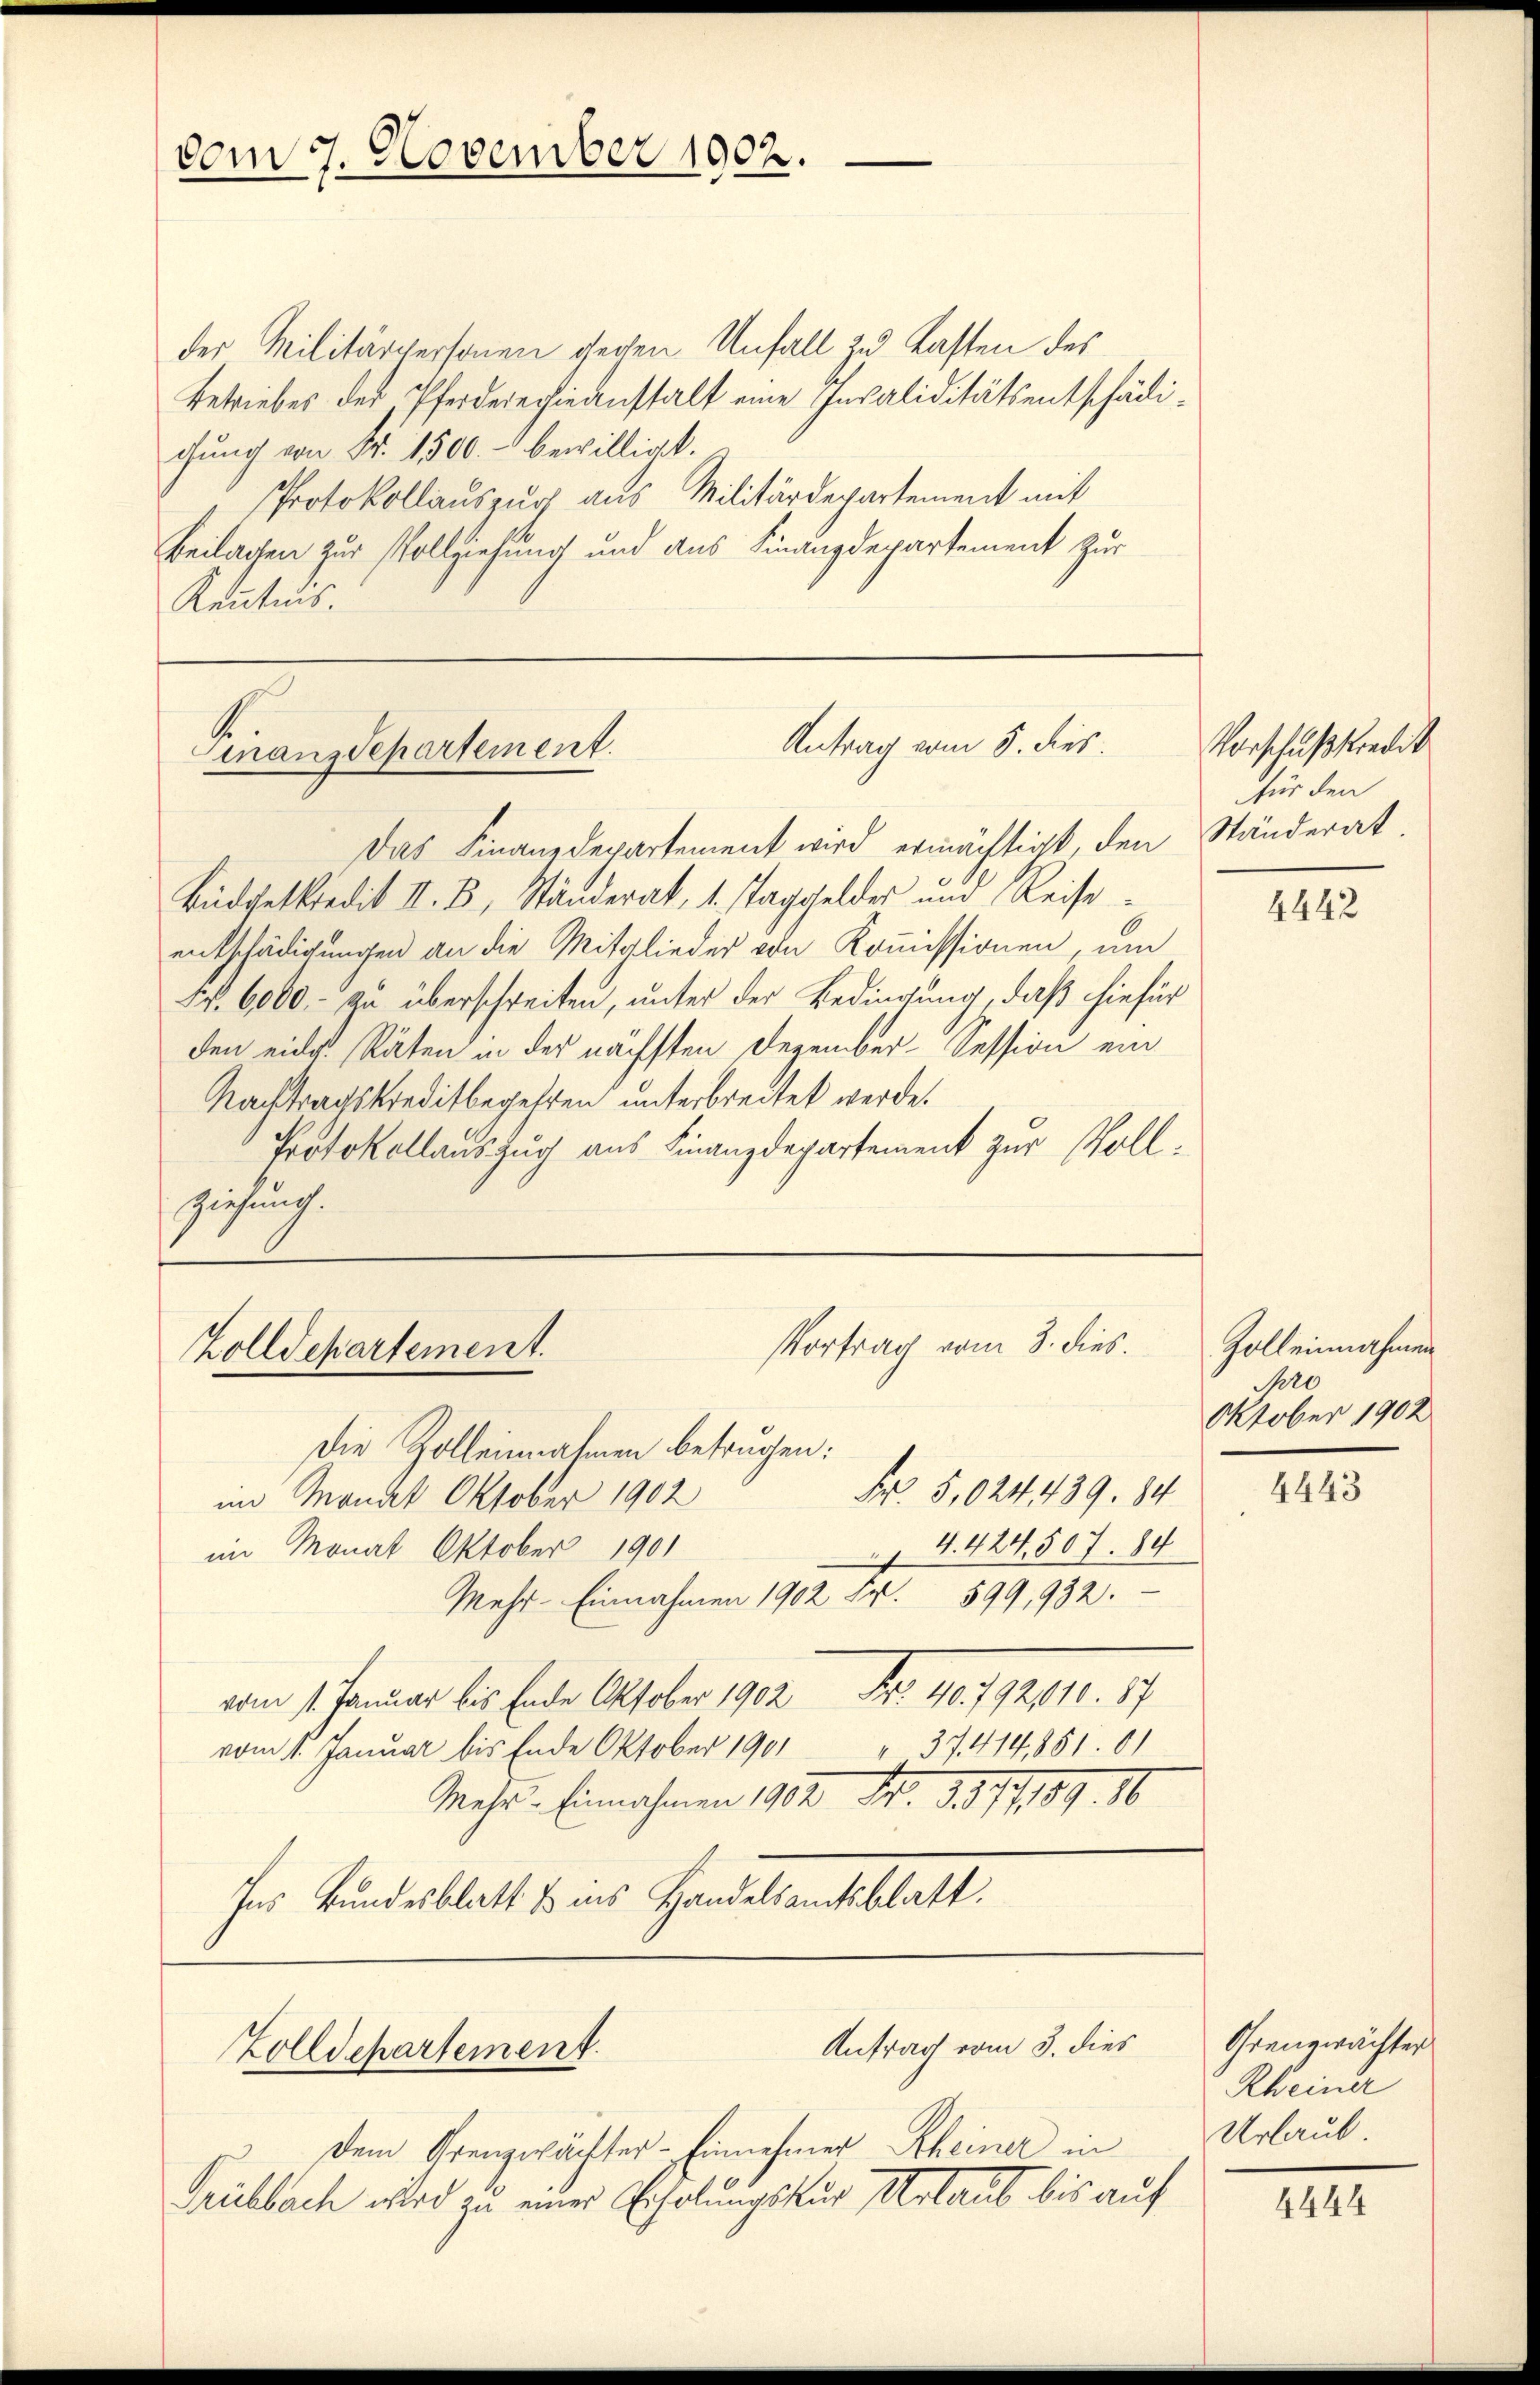
vom 7. November 1902.

der Militärpersonen gegen Unfall zu Lasten des
Betriebes des Pferderechieanstalt eine Invaliditätsentschädichŭng von Fr. 1500.- bewilligt.
PProtokollauszug aus Militärdepartement mit
Beilagen zur Vollziehung und aus Finanzdepartement zur
Kenntnis.

Antrag vom 5. dies
Finanzdepartement.

Vortrag vom 3. dies
Zolldepartement.

Das Finanzdepartement wird ermächtigt, den Ständerat
Büdgetkredit II. B. Ständerat, 1. Taggelder und Reiseentschädigungen an die Mitglieder von Kommissionen, um
Nr. 6000.- zu überschreiten, unter der Bedingung, daß hiefür
den eider Räten in der nächsten Dezember-Session ein
Nachtragskreditbegehren unterbreitet werde.
Protokollauszug aus Finanzdepartement zur Vollziehung.

Antrag vom 3. dies
Zolldepartement.

Vorschußkredit
für den

Die Zolleinnahmen betrugen:
Fr 5,024439. 84
im Monat Oktober 1902
 4. 424, 507. 84
im Monat Oktober 1901
Mehr- Einnahmen 1902 Fr. 599,932.
vom 1. Januar bis Ende Oktober 1902 Nr. 190. 192010. 17
" 37. 414,851. 61
vom 1. Januar bis Ende Oktober 1901
Mehr-Einnahmen 1902 Fr. 3517/4/189. 16
Ins Bundesblatt & ins Handelsamtsblatt.

dem Krenzwächter-Einnehmer Rheiner in
Trubbach wird zu einer Erholungskur Urlaub bis auf

4442

Zoll einnahmen
Pero
Oktober 1902

4443

Grenzwächter
Rheiner
Urlaub

4444